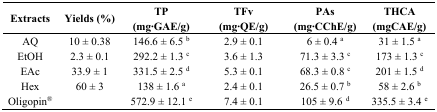
<table><thead><tr><td><b>Extracts</b></td><td><b>Yields (%)</b></td><td><b>TP (mg∙GAE/g)</b></td><td><b>TFv (mg∙QE/g)</b></td><td><b>PAs (mg∙CChE/g)</b></td><td><b>THCA (mgCAE/g)</b></td></tr></thead><tbody><tr><td>AQ</td><td>10 ± 0.38</td><td>146.6 ± 6.5 <sup>b</sup></td><td>2.9 ± 0.1</td><td>6 ± 0.4 <sup>a</sup></td><td>31 ± 1.5 <sup>a</sup></td></tr><tr><td>EtOH</td><td>2.3 ± 0.1</td><td>292.2 ± 1.3 <sup>c</sup></td><td>3.6 ± 1.3</td><td>71.3 ± 3.3 <sup>c</sup></td><td>173 ± 1.3 <sup>c</sup></td></tr><tr><td>EAc</td><td>33.9 ± 1</td><td>331.5 ± 2.5 <sup>d</sup></td><td>5.3 ± 0.1</td><td>68.3 ± 0.8 <sup>c</sup></td><td>201 ± 1.5 <sup>d</sup></td></tr><tr><td>Hex</td><td>60 ± 3</td><td>138 ± 1.6 <sup>a</sup></td><td>2.4 ± 0.1</td><td>26.5 ± 0.7 <sup>b</sup></td><td>58 ± 2.6 <sup>b</sup></td></tr><tr><td>Oligopin<sup>®</sup></td><td></td><td>572.9 ± 12.1 <sup>e</sup></td><td>7.4 ± 0.1</td><td>105 ± 9.6 <sup>d</sup></td><td>335.5 ± 3.4 <sup>e</sup></td></tr></tbody></table>